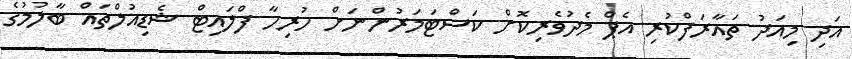
އަދި މިއަދު ތައާރަފްކުރި އެޕް މެދުވެރިކޮށް ކަސްޓަމަރުންނަށް ހުރިހާ ފްލައިޓް ޝެޑިއުލްތައް ބާލުމުގެ